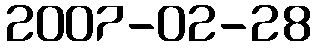
2007-02-28